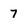
Character: 7